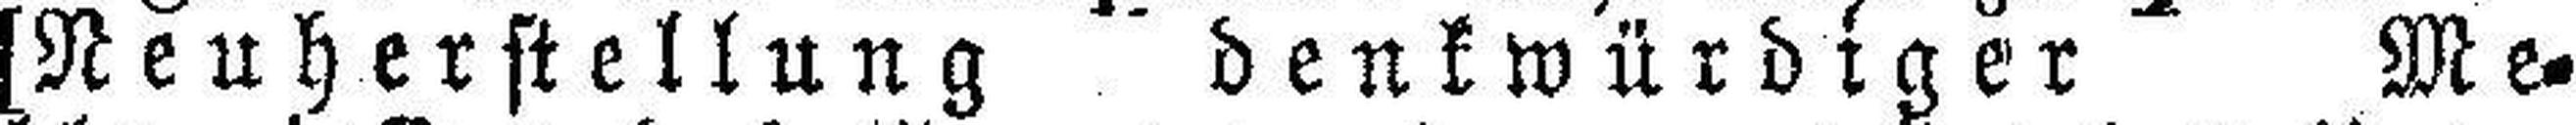
[Neuherstellung denkwürdiger Me¬